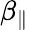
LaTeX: \beta_{\| }